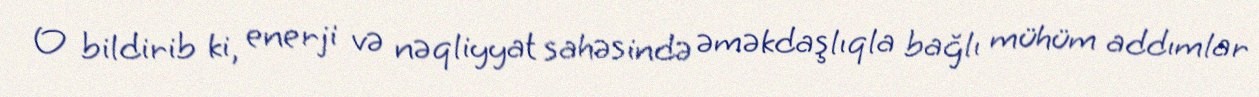
O bildirib ki, enerji və nəqliyyat sahəsində əməkdaşlıqla bağlı mühüm addımlar